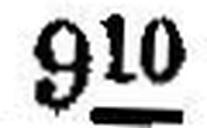
910